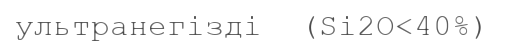
ультранегізді  (Sі2O<40%)